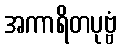
အကာရိတပုဗ္ဗံ